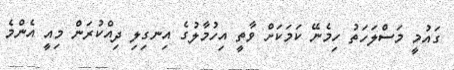
ގައުމީ މަސްލަހަތު ހިމެނޭ ކަމަކަށް ވާތީ އިހުމާލުގެ އިނގިލި ދިއްކުރަން މިއީ އެންމެ